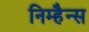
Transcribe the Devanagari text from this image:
निम्हैन्स